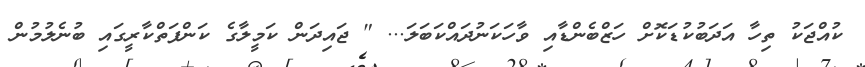
ކުއްޖަކު ތިހާ އަދަބުކުޑަކޮށް ހަޒްބެންޑާއި ވާހަކަނުދައްކަބަލަ... " ޖައިދަން ކަމީލާގެ ކަންފަތްކާރީގައި ބުނެލުމުން